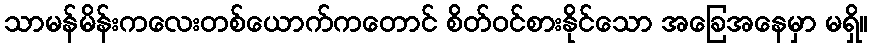
သာမန်မိန်းကလေးတစ်ယောက်ကတောင် စိတ်ဝင်စားနိုင်သော အခြေအနေမှာ မရှိ။